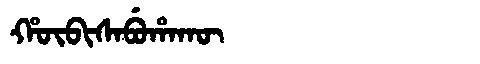
Manchu: ᡥᡡᠪᡳᠰᠠᠪᡠᡥᠠᡴᡡ
Romanization: HŪBISABUHAKŪ